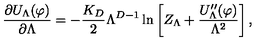
\frac { \partial U _ { \Lambda } ( \varphi ) } { \partial \Lambda } = - \frac { K _ { D } } { 2 } \Lambda ^ { D - 1 } \ln \left[ Z _ { \Lambda } + \frac { U _ { \Lambda } ^ { \prime \prime } ( \varphi ) } { \Lambda ^ { 2 } } \right] ,